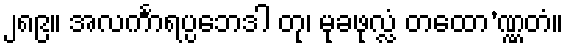
၂၈၉။ အလင်္ကာရပ္ပဘေဒါ တု၊ မုခဖုလ္လံ တထော’ဏ္ဏတံ။